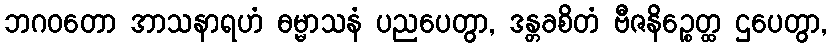
ဘဂဝတော အာသနာရဟံ ဓမ္မာသနံ ပညပေတွာ, ဒန္တခစိတံ ဗီဇနိဉ္စေတ္ထ ဌပေတွာ,